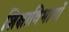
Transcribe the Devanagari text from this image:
शिक्षाविभागों